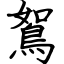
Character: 鴽